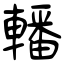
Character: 轓